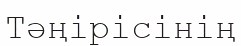
Тәңірісінің